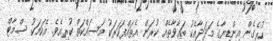
ހުރެގެން އިންޑިޔާގެ މަދަދާއެކު ބަޢާވާތެއް ކުރަން އެތައްފަހަރަކު މަސައްކަތް ކުރިއެވެ. އެކަމަކު ސްމާޓް